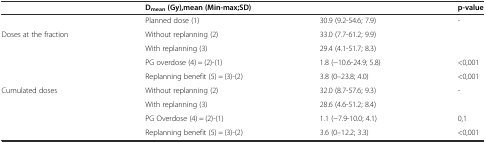
|  | <COLSPAN=2> Dmean(Gy),mean (Min-max;SD) | p-value |
 | --- | --- | --- | --- |
 |  | Planned dose (1) | 30.9 (9.2-54.6; 7.9) | <ROWSPAN=3> - |
 | <ROWSPAN=4> Doses at the fraction | Without replanning (2) | 33.0 (7.7-61.2; 9.9) |
 | With replanning (3) | 29.4 (4.1-51.7; 8.3) |
 | PG overdose (4) = (2)-(1) | 1.8 (−10.6-24.9; 5.8) | <0,001 |
 | Replanning benefit (5) = (3)-(2) | 3.8 (0–23.8; 4.0) | <0,001 |
 | <ROWSPAN=4> Cumulated doses | Without replanning (2) | 32.0 (8.7-57.6; 9.3) | <ROWSPAN=2> - |
 | With replanning (3) | 28.6 (4.6-51.2; 8.4) |
 | PG Overdose (4) = (2)-(1) | 1.1 (−7.9-10.0; 4.1) | 0,1 |
 | Replanning benefit (5) = (3)-(2) | 3.6 (0–12.2; 3.3) | <0,001 |